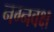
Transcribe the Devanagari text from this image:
नग्नवक्ष